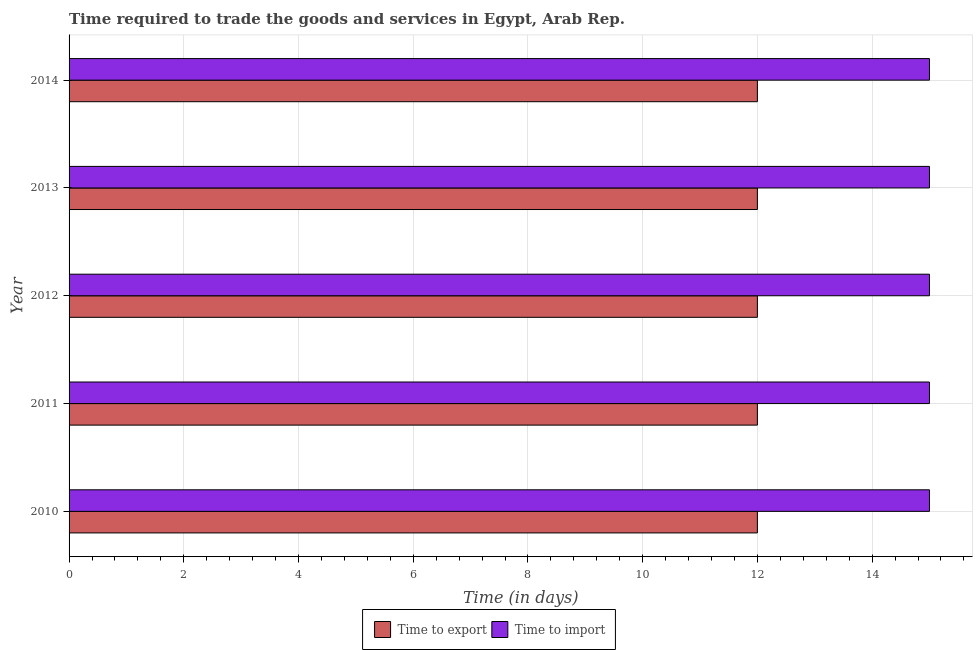
| Year | Time to export | Time to import |
 | --- | --- | --- |
 | 2010 | 12 | 15 |
 | 2011 | 12 | 15 |
 | 2012 | 12 | 15 |
 | 2013 | 12 | 15 |
 | 2014 | 12 | 15 |